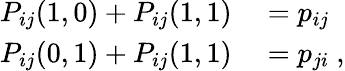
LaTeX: \begin{array}{rl}{P_{ij}(1,0)+P_{ij}(1,1)}&{{}=p_{ij}}\\ {P_{ij}(0,1)+P_{ij}(1,1)}&{{}=p_{ji}\ ,}\end{array}